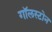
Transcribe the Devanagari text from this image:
गॉलस्टोन